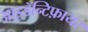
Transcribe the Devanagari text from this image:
आइडॅन्टिफ़ायर